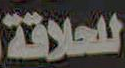
للحلاقة